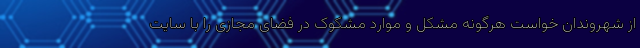
از شهروندان خواست هرگونه مشکل و موارد مشکوک در فضای مجازی را با سایت